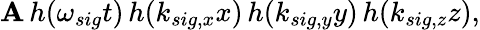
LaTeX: \mathbf{A}\, h(\omega_{sig}t)\, h(k_{sig,x}x)\, h(k_{sig,y}y)\, h(k_{sig,z}z),